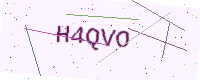
Text: H4QVO